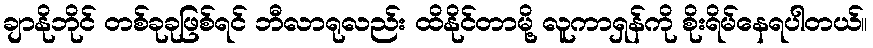
ချာနိုဘိုင် တစ်ခုခုဖြစ်ရင် ဘီလာရုလည်း ထိနိုင်တာမို့ လူကာရှန်ကို စိုးရိမ်နေရပါတယ်။